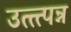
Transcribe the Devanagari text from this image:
उत्त्त्पन्न